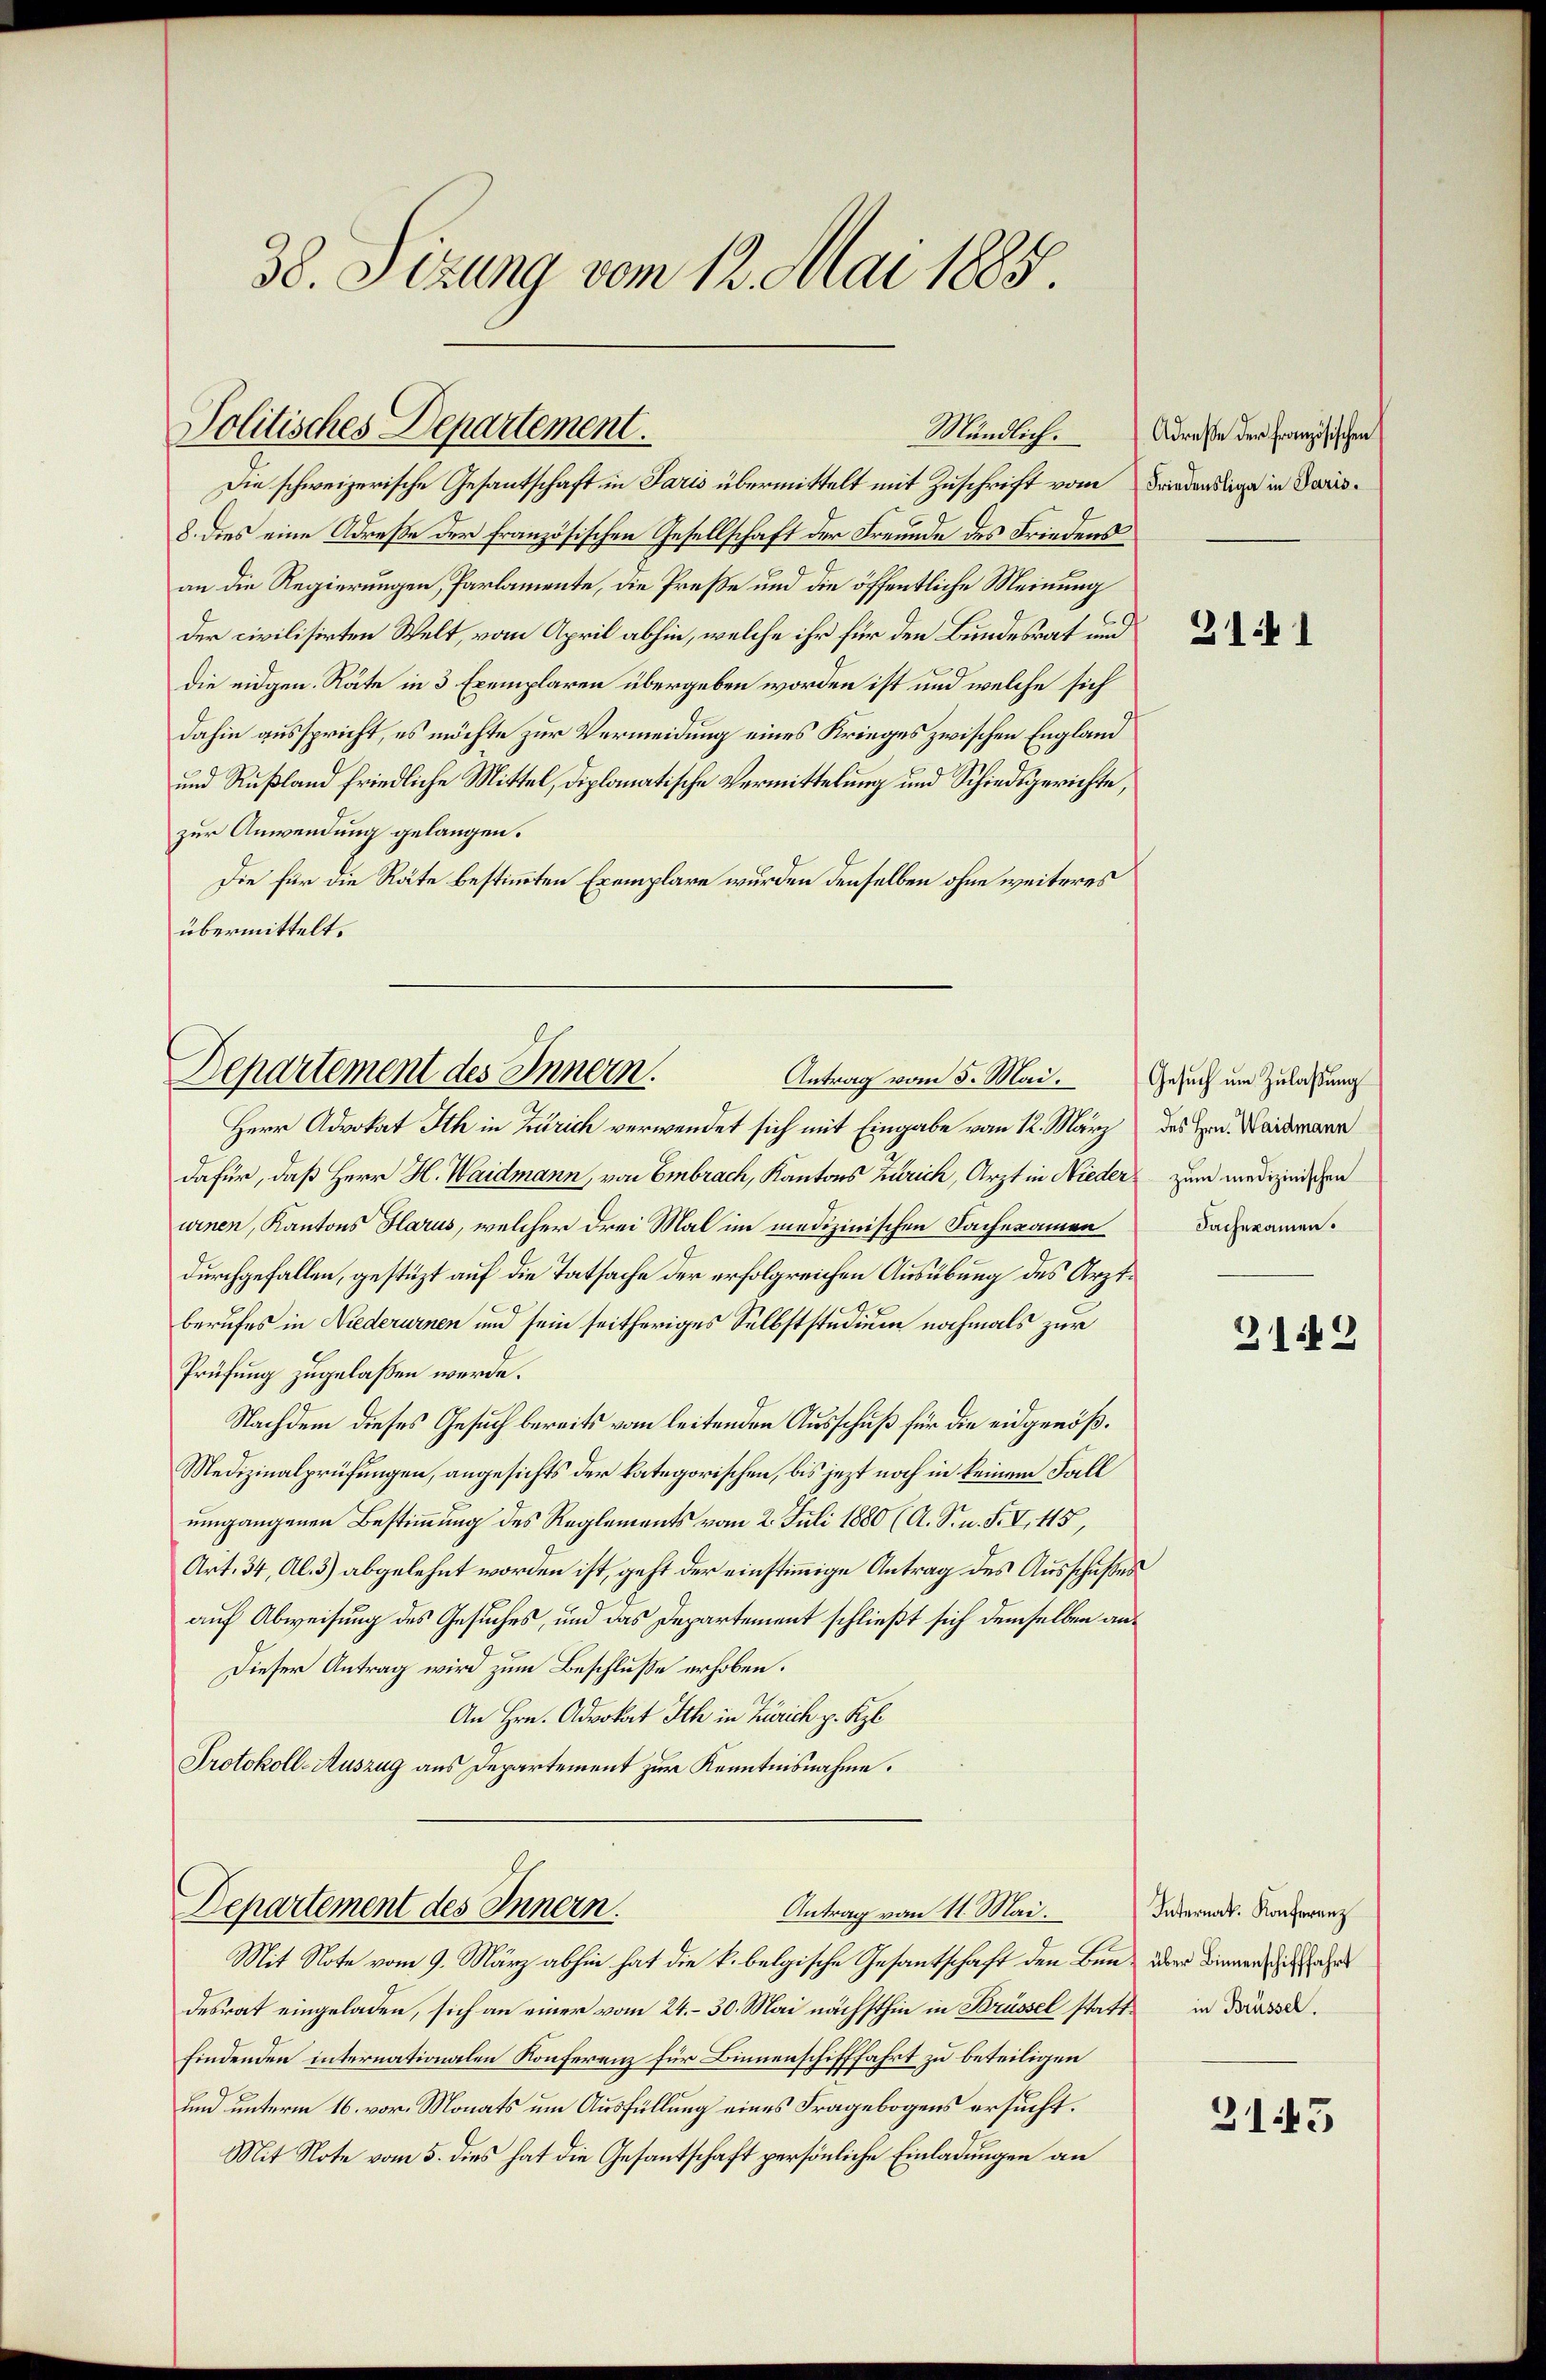
38. Sizung vom 12. Mai 1885.

Politisches Departement.

Die schweizerische Gesandtschaft in Paris übermittelt mit Zuschrift vom Friedenstige in daris¬
8. dies eine Adresse der französischen Gesellschaft der Freunde des Friedensan die Regierungen, Parlamente, die Preße und die öffentliche Meinung
der civilisirten Welt, vom April abhin, welche ihr für den Bundesrat und
die eidgen. Räte in 3 Exemplaren übergeben worden ist und welche sich
dahin ausspricht, es möchte zur Vermeidung eines Krieges zwischen England
und Rußland friedliche Mittel, diplomatische Vermittelung und Schiedsgerichte,
zur Anwendung gelangen.
Die für die Räte bestimmten Exemplare wurden denselben ohne weiteres
übermittelt.

Departement des Innern.
Antrag vom 5. Mai.

Herr Advokat Ith in Zürich verwendet sich mit Eingabe vom 12. März des Hrn. Waidmann
dafür, daß Herr H. Waidmann, von Embrach, Kantons Zürich, Arzt in Nieder zum medizinischen
winen, Kantons Glarus, welcher drei Mal im medizinischen Sachexamen
durchgefallen, gestüzt auf die Tatsache der erfolgreichen Ausübung des Arztberufes in Niederurnen und sein seitheriges Selbststudium nochmals zur
Prüfung zugelassen werde.
Nachdem dieses Gesuch bereits vom leitenden Ausschuß für die eidgenöß¬
Medizinalprüfungen, angesichts der kategorischen, bis jezt noch in keinem Fall
umgangenen Bestimmung des Reglements vom 2. Juli 1880 (A. S. n. F. V, 415,
Art. 34, Al. 3) abgelehnt worden ist, geht der einstimmige Antrag des Ausschußes
auf Abweisung des Gesuches, und das Departement schließt sich demselben an¬
Dieser Antrag wird zum Beschluße erhoben.
An Hrn. Advokat Ich in Zürich p. Kzl.
Protokoll-Auszug aus Departement zur Kenntnisnahme.

Departement des Innern.
Antrag von 11. Mai.

Mit Note vom 9. März abhin hat die k. belgische Gesantschaft den Benz über dienen sich sahe
desrat eingeladen, sich an einer vom 24. – 30. Mai nächsthin in Brüssel statte in Disse.
findenden internationalen Konferenz für Binnenschifffahrt zu beteiligen
und unterm 16. vor. Monats um Ausfüllung eines Fragebogens ersucht.
Mit Note vom 5. dies hat die Gesantschaft persönliche Einladungen an

Mündlich. Adresse der französischen

21.1

Gesuch um Zulaßung
Sachexamen.

2142

Internat. Konferenz

3145